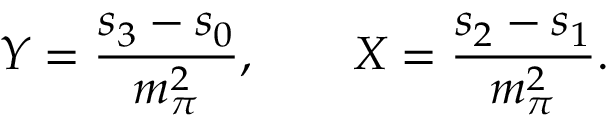
Y = { \frac { s _ { 3 } - s _ { 0 } } { m _ { \pi } ^ { 2 } } } , \qquad X = { \frac { s _ { 2 } - s _ { 1 } } { m _ { \pi } ^ { 2 } } } .